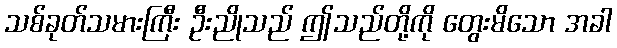
သစ်ခုတ်သမားကြီး ဦးညိုသည် ဤသည်တို့ကို တွေးမိသော အခါ